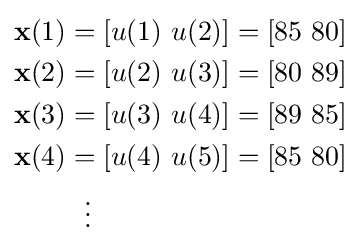
{\begin{aligned}\mathbf {x} (1)&=[u(1)\ u(2)]=[85\ 80]\\\mathbf {x} (2)&=[u(2)\ u(3)]=[80\ 89]\\\mathbf {x} (3)&=[u(3)\ u(4)]=[89\ 85]\\\mathbf {x} (4)&=[u(4)\ u(5)]=[85\ 80]\\&\ \ \vdots \end{aligned}}